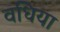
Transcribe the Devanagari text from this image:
वधिया